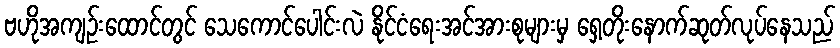
ဗဟိုအကျဉ်းထောင်တွင် သေကောင်ပေါင်းလဲ နိုင်ငံရေးအင်အားစုများမှ ရှေ့တိုးနောက်ဆုတ်လုပ်နေသည်